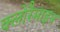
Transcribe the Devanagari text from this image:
क्लोरैमाइन